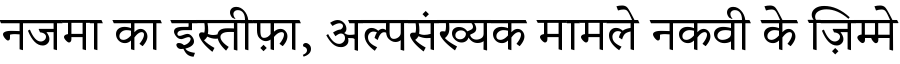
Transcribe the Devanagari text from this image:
नजमा का इस्तीफ़ा, अल्पसंख्यक मामले नकवी के ज़िम्मे